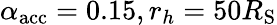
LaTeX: \alpha_{\mathrm{acc}}=0.15,r_{h}=50R_{\mathrm{S}}